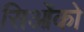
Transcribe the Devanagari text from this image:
सिओंको